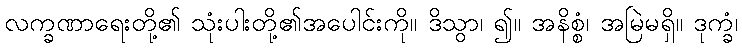
လက္ခဏာရေးတို့၏ သုံးပါးတို့၏အပေါင်းကို။ ဒိသွာ၊ ၍။ အနိစ္စံ၊ အမြဲမရှိ။ ဒုက္ခံ၊